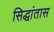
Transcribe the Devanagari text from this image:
सिद्धांतास